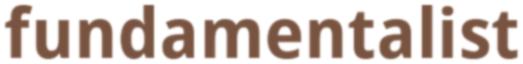
fundamentalist